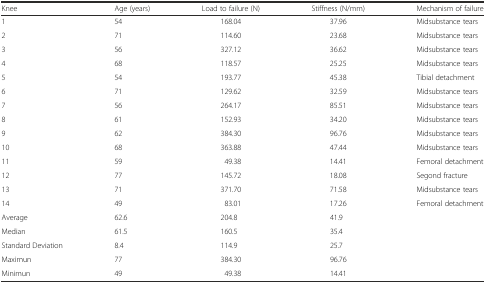
| Knee | Age (years) | Load to failure (N) | Stiffness (N/mm) | Mechanism of failure |
 | --- | --- | --- | --- | --- |
 | 1 | 54 | 168.04 | 37.96 | Midsubstance tears |
 | 2 | 71 | 114.60 | 23.68 | Midsubstance tears |
 | 3 | 56 | 327.12 | 36.62 | Midsubstance tears |
 | 4 | 68 | 118.57 | 25.25 | Midsubstance tears |
 | 5 | 54 | 193.77 | 45.38 | Tibial detachment |
 | 6 | 71 | 129.62 | 32.59 | Midsubstance tears |
 | 7 | 56 | 264.17 | 85.51 | Midsubstance tears |
 | 8 | 61 | 152.93 | 34.20 | Midsubstance tears |
 | 9 | 62 | 384.30 | 96.76 | Midsubstance tears |
 | 10 | 68 | 363.88 | 47.44 | Midsubstance tears |
 | 11 | 59 | 49.38 | 14.41 | Femoral detachment |
 | 12 | 77 | 145.72 | 18.08 | Segond fracture |
 | 13 | 71 | 371.70 | 71.58 | Midsubstance tears |
 | 14 | 49 | 83.01 | 17.26 | Femoral detachment |
 | Average | 62.6 | 204.8 | 41.9 |  |
 | Median | 61.5 | 160.5 | 35.4 |  |
 | Standard Deviation | 8.4 | 114.9 | 25.7 |  |
 | Maximun | 77 | 384.30 | 96.76 |  |
 | Minimun | 49 | 49.38 | 14.41 |  |